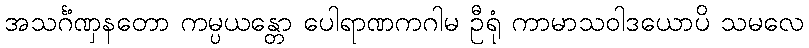
အသင်္ဂဏှနတော ကမ္ပယန္တော ပေါရာဏကဂါမံ ဦရုံ ကာမာသဝါဒယောပိ သမလေ